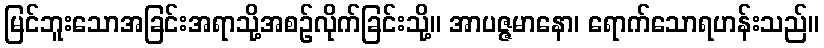
မြင်ဘူးသောအခြင်းအရာသို့အစဉ်လိုက်ခြင်းသို့။ အာပဇ္ဇမာနော၊ ရောက်သောရဟန်းသည်။